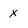
Character: x